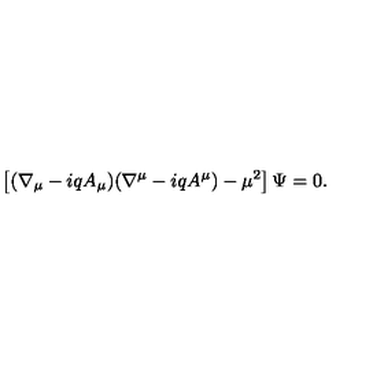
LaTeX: \left[ ( \nabla _ { \mu } - i q A _ { \mu } ) ( \nabla ^ { \mu } - i q A ^ { \mu } ) - \mu ^ { 2 } \right] \Psi = 0 .